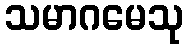
သမာဂမေသု